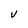
Character: V